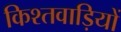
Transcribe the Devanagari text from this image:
किश्तवाड़ियों